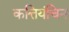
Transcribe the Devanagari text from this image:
कत्तियंचिन